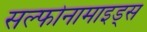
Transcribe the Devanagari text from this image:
सल्फोनामाइड्स